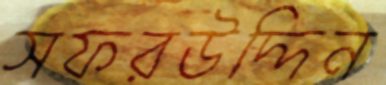
সফরউদ্দিন